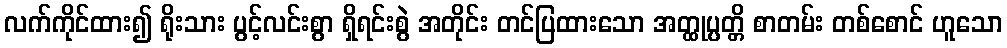
လက်ကိုင်ထား၍ ရိုးသား ပွင့်လင်းစွာ ရှိရင်းစွဲ အတိုင်း တင်ပြထားသော အတ္ထုပ္ပတ္တိ စာတမ်း တစ်စောင် ဟူသော